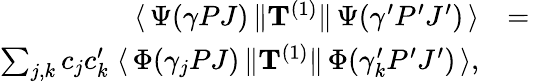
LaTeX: \begin{array}{rlr}{\langle\, \Psi(\gamma PJ)\, \| {\mathbf T}^{(1)}\| \, \Psi(\gamma^{\prime}P^{\prime}J^{\prime})\, \rangle}&{=}&\\ {\sum_{j,k}c_{j}c_{k}^{\prime}\; \langle\, \Phi(\gamma_{j}PJ)\, \| {\mathbf T}^{(1)}\| \, \Phi(\gamma_{k}^{\prime}P^{\prime}J^{\prime})\, \rangle,}\end{array}